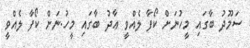
ސަަމޫދު ބާގައި މީހުނަށް ކޯފާ ލެއްވީ ޢާދު ބާގައި މީހު.ނަށް ކޯފާ ލެއްވީ